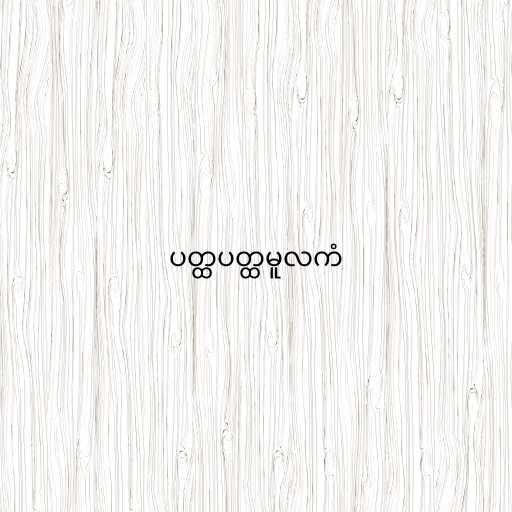
ပတ္ထပတ္ထမူလကံ